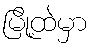
မြို့ထဲမှာ